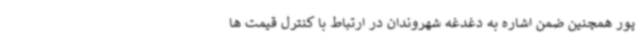
پور همچنین ضمن اشاره به دغدغه شهروندان در ارتباط با کنترل قیمت ها